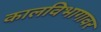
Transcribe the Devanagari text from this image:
कालविभागावर